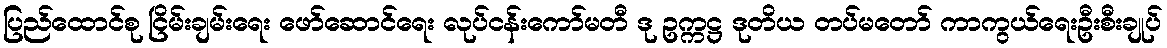
ပြည်ထောင်စု ငြိမ်းချမ်းရေး ဖော်ဆောင်ရေး လုပ်ငန်းကော်မတီ ဒု ဥက္ကဋ္ဌ ဒုတိယ တပ်မတော် ကာကွယ်ရေးဦးစီးချုပ်